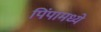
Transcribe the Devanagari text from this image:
पिंपामध्ये